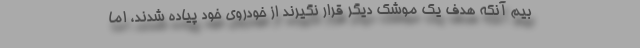
بیم آنکه هدف یک موشک دیگر قرار نگیرند از خودروی خود پیاده شدند، اما